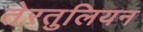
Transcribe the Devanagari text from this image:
तेरतुलियन